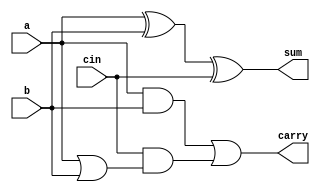
// Full Adder
// synthesizable
// Oliver Huang and Jared Yoder

module FA (output carry, output sum, input a, input b, input cin);

    // instantiating sum and carry primitives
    assign carry = (a & b) | (cin & (a | b));
    assign sum = (a ^ b ^ cin);
endmodule


// primitive carryOut (output Cout, input A, input B, input Cin);

//     // Truth Table for carry out
//     table
//       // A B Cin    Cout
//          1 1  ?   :  1  ;
//          1 ?  1   :  1  ;
//          ? 1  1   :  1  ;
//          0 0  ?   :  0  ;
//          0 ?  0   :  0  ;
//          ? 0  0   :  0  ;
//     endtable
// endprimitive

// primitive sumOut (output sum, input A, input B, input Cin);

//     // Truth Table for sum
//     table
//       // A B Cin    sum
//          1 1  1   :  1  ;
//          1 0  0   :  1  ;
//          0 1  0   :  1  ;
//          0 0  1   :  1  ;
//          0 0  0   :  0  ;
//          0 1  1   :  0  ;
//          1 0  1   :  0  ;
//          1 1  0   :  0  ;
//     endtable
// endprimitive

// module FA(output Cout, output sum, input A, input B, input Cin);

//     // instantiating sum and carry primitives
//     sumOut s(sum, A, B, Cin);
//     carryOut co(Cout, A, B, Cin);
// endmodule